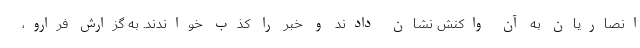
انصاریان به آن واکنش نشان دادند و خبر را کذب خواندند. به گزارش فرارو،